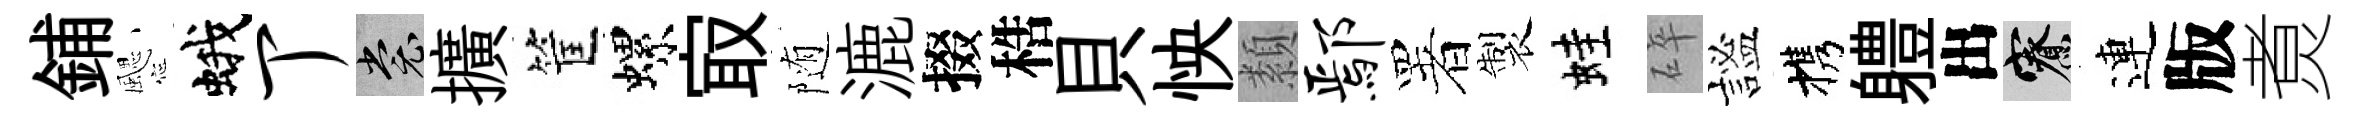
鋪颸蛾丁裳擴筐螺㝡随漉掇梏貝怏纇鄢署製蛙碎謐携軆出寮連版煑